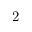
2